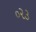
૦૨૩